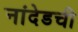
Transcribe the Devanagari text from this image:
नांदेडची